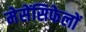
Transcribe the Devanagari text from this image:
मेसेंसिफेलों